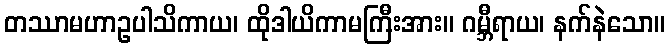
တဿာမဟာဥပါသိကာယ၊ ထိုဒါယိကာမကြီးအား။ ဂမ္ဘီရာယ၊ နက်နဲသော။